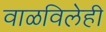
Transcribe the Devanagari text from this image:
वाळविलेही